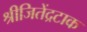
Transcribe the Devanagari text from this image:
श्रीजितेंद्रटाक